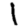
Digit: 1